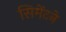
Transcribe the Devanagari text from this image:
सिमेंटने